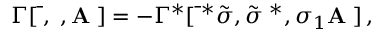
\Gamma [ \bar { { \bf \Psi } } , { \bf \Psi } , { \bf A ^ { \mu } } ] = - \Gamma ^ { * } [ \bar { { \bf \Psi } } ^ { * } \tilde { \sigma } , \tilde { \sigma } { \bf \Psi } ^ { * } , \sigma _ { 1 } { \bf A ^ { \mu } } ] \, ,